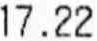
17.22